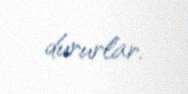
dururlar.